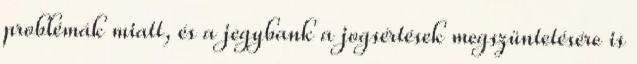
problémák miatt, és a jegybank a jogsértések megszüntetésére is